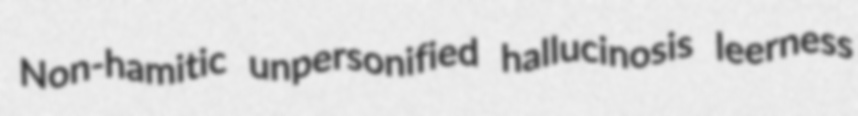
Non-hamitic unpersonified hallucinosis leerness